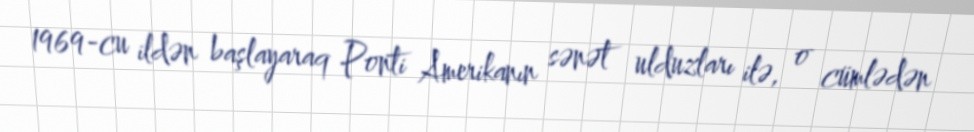
1969-cu ildən başlayaraq Ponti Amerikanın sənət ulduzları ilə, o cümlədən